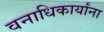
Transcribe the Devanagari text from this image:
वनाधिकार्यांना